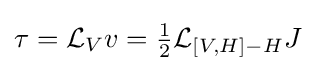
\tau ={\mathcal {L}}_{V}v={\tfrac {1}{2}}{\mathcal {L}}_{[V,H]-H}J